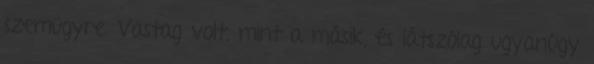
szemügyre. Vastag volt, mint a másik, és látszólag ugyanúgy